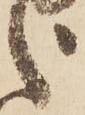
之